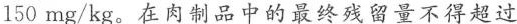
150mg/kg。在肉制品中的最终残留量不得超过